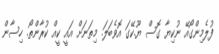
ފުލެމިންގޯއޭ ނުކިޔާ ގޮސް ޔޫ.ކޭގަ އޮވެބަލަ. މިތަނަށް އައީ ކީއް ކުރާންތޯ. ހިސާން